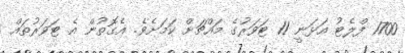
1700 ފްލެޓު އަޅަނީ 11 ޓަވަރުގެ މައްޗަށް ކަމަށެވެ. އެގޮތުން އެ ޓަވަރުތައް